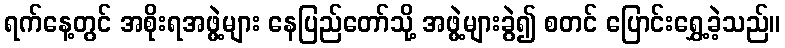
ရက်နေ့တွင် အစိုးရအဖွဲ့များ နေပြည်တော်သို့ အဖွဲ့များခွဲ၍ စတင် ပြောင်းရွှေ့ခဲ့သည်။